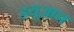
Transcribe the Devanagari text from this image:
डयूआन